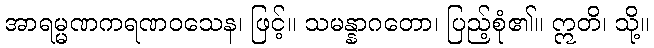
အာရမ္မဏကရဏဝသေန၊ ဖြင့်။ သမန္နာဂတော၊ ပြည့်စုံ၏။ ဣတိ၊ သို့။